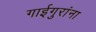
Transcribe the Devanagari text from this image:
गाईगुरांना